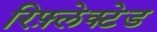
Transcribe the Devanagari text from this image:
रिफ़्लेक्टेड